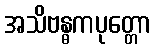
အသိဗန္ဓကပုတ္တော